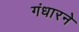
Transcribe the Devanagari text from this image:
गंधारने